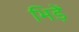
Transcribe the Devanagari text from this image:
भिड़ें